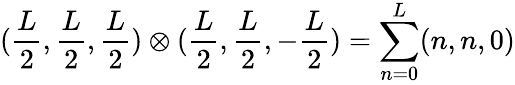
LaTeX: (\frac{L}{2},\frac{L}{2},\frac{L}{2})\otimes(\frac{L}{2},\frac{L}{2},-\frac{L}{2})=\sum_{n=0}^{L}(n,n,0)